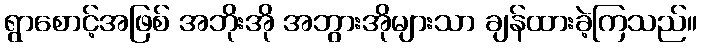
ရွာစောင့်အဖြစ် အဘိုးအို အဘွားအိုများသာ ချန်ထားခဲ့ကြသည်။